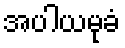
အပါယမုခံ